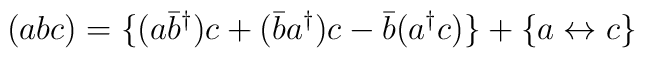
(abc) = \{ (a \bar{b}^{\dagger}) c + (\bar{b} a^{\dagger}) c- \bar{b} (a^{\dagger} c) \} + \{ a \leftrightarrow c \}